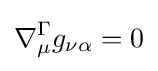
\nabla _{\mu }^{\Gamma }g_{\nu \alpha }=0